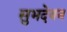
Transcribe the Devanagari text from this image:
सुभदेवन